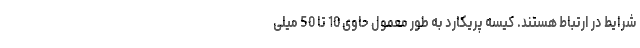
شرایط در ارتباط هستند. کیسه پریکارد به طور معمول حاوی 10 تا 50 میلی